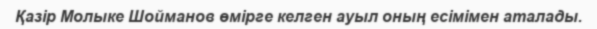
Қазір Молыке Шойманов өмірге келген ауыл оның есімімен аталады.